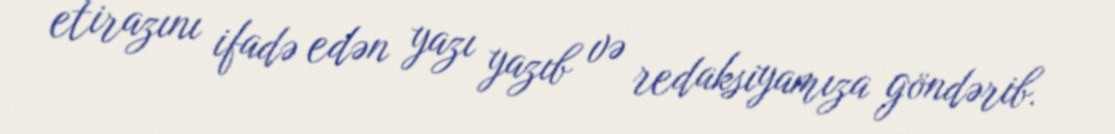
etirazını ifadə edən yazı yazıb və redaksiyamıza göndərib.